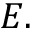
E .